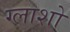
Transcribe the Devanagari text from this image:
ग्लाशो